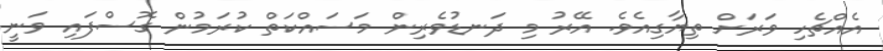
އެއްޗެހި ވަރަށް ތިޔާގިއެވެ. އޭރު މި ދަނޑުވެރިން މަސައްކަތް ކުރަމުން ގޮސްފައި ވަނީ